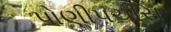
પોણીપચીસ